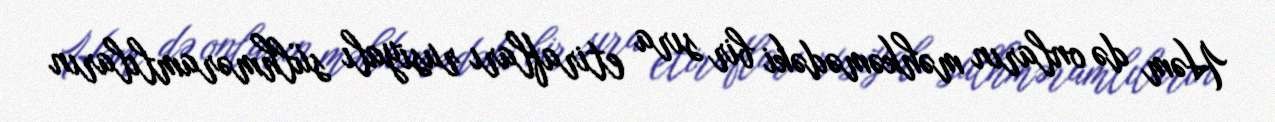
Həm də onların məhkəmədəki bir sıra etirafları rusiyalı sülhməramlıların